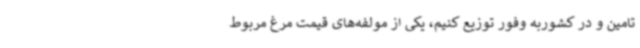
تامین و در کشوربه وفور توزیع کنیم، یکی از مولفه‌های قیمت مرغ مربوط